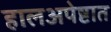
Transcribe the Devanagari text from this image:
हालअपेष्टात